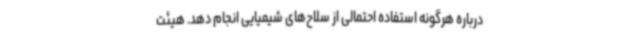
درباره هرگونه استفاده احتمالی از سلاح‌های شیمیایی انجام دهد. هیئت